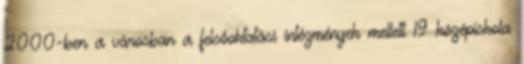
2000-ben a városban a felsőoktatási intézmények mellett 19 középiskola